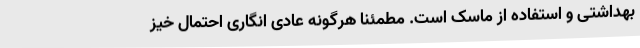
بهداشتی و استفاده از ماسک است. مطمئنا هرگونه عادی انگاری احتمال خیز